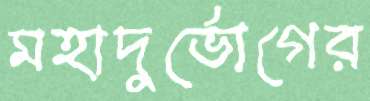
মহাদুর্ভোগের